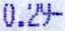
0.29-